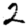
Digit: 2